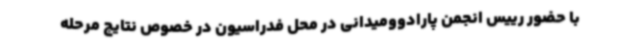
با حضور رییس انجمن پارادوومیدانی در محل فدراسیون در خصوص نتایج مرحله